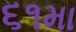
૬૧મા